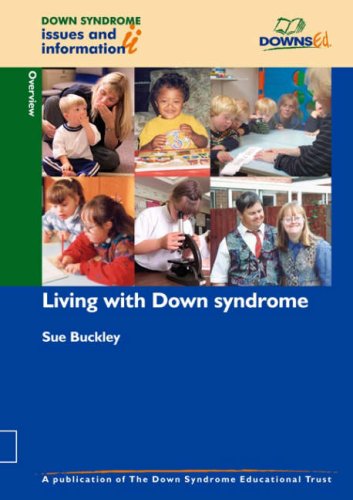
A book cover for Living with Down Syndrome (Down Syndrome Issues & Information) (Pt. 1); Health, Fitness & Dieting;